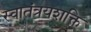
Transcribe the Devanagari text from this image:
स्वातंत्रयशक्ति